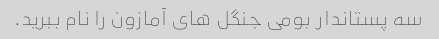
سه پستاندار بومی جنگل های آمازون را نام ببرید.